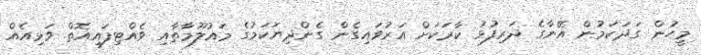
މީހުން ގަދަކަމުން އޭނާގެ ދަރިފުޅު ކާރަކަށް އަރުވައިގެން ގެންދިޔަކަމުގެ މައުލޫމާތާއި ވެއްޓިފައިއޮތް ވަޅިއެއް